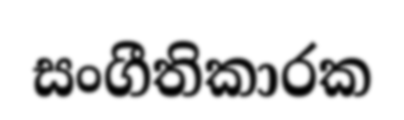
සංගීතිකාරක